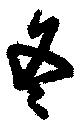
冬